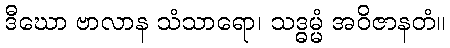
ဒီဃော ဗာလာန သံသာရော၊ သဒ္ဓမ္မံ အဝိဇာနတံ။